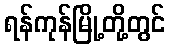
ရန်ကုန်မြို့တို့တွင်